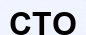
СТО